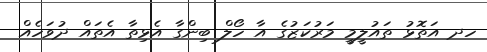
ހދ އަތޮޅު ތައުލީމީ މަރުކަޒުގެ އާ ހޯލް ބިންގާ އެޅިތާ އެތައް ދުވަހެއް